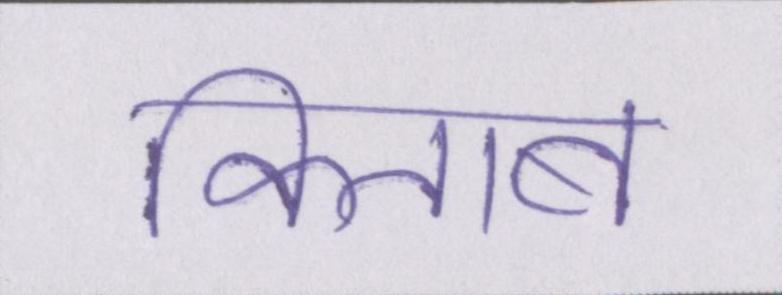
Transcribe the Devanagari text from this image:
किताब